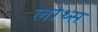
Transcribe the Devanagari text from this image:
लोथ्स